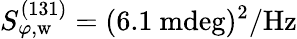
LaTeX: S_{\varphi,\mathrm{w}}^{(131)}=(6.1~\mathrm{mdeg})^{2}/\mathrm{Hz}